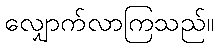
လျှောက်လာကြသည်။